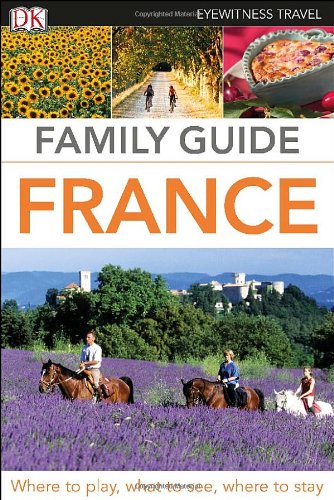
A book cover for Family Guide France (Eyewitness Travel Family Guide); Dorling Kindersley; Travel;